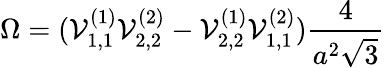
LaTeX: \Omega=({\cal V}_{1,1}^{(1)}{\cal V}_{2,2}^{(2)}-{\cal V}_{2,2}^{(1)}{\cal V}_{1,1}^{(2)})\frac{4}{a^{2}\sqrt{3}}